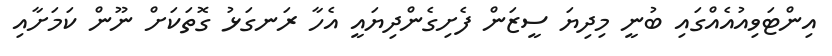
އިންޓަވިއުއެއްގައި ބުނީ މިދިޔަ ސީޒަން ފެށިގެންދިޔައީ އެހާ ރަނގަޅު ގޮތަކަށް ނޫން ކަމަށާއި